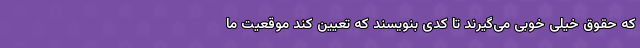
که حقوق خیلی خوبی می‌گیرند تا کدی بنویسند که تعیین کند موقعیت ما